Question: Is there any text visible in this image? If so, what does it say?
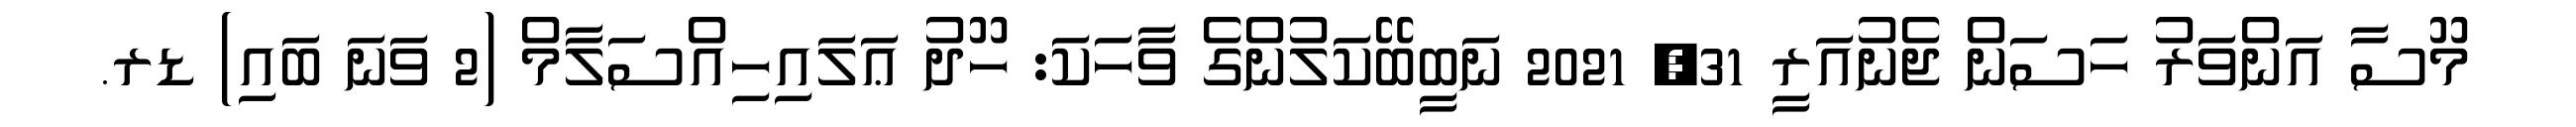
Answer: މޫސާ އަންވަރު ހަސަން ޖެނުއަރީ 31, 2021 ނަބީބޭކަލުންގެ ވާހަކަ: ހޫދު ޢަލައިހިއްސަލާމް (2 ވަނަ ބައި) ޑރ.